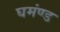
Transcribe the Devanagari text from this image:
घमंण्ड